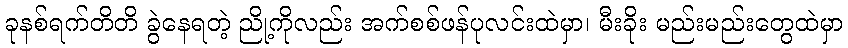
ခုနစ်ရက်တိတိ ခွဲနေရတဲ့ ညို့ကိုလည်း အက်စစ်ဖန်ပုလင်းထဲမှာ၊ မီးခိုး မည်းမည်းတွေထဲမှာ